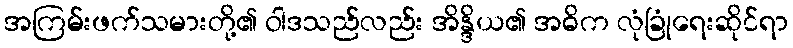
အကြမ်းဖက်သမားတို့၏ ဝါဒသည်လည်း အိန္ဒိယ၏ အဓိက လုံခြုံရေးဆိုင်ရာ